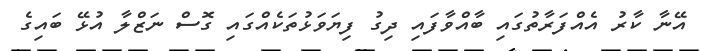
އޭނާ ކާރު އެއްފަރާތުގައި ބާއްވާފައި ދިގު ފިޔަވަޅުތަކެއްގައި ގޮސް ނަޒްލާ އުޅޭ ބައިގެ